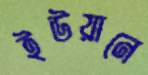
ইউয়ানে